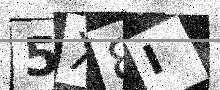
Text: 5X8I